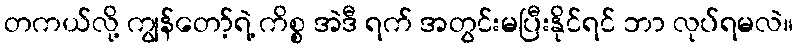
တကယ်လို့ ကျွန်တော့်ရဲ့ ကိစ္စ အဲဒီ ရက် အတွင်းမပြီးနိုင်ရင် ဘာ လုပ်ရမလဲ။